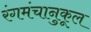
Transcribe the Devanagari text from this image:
रंगमंचानुकूल